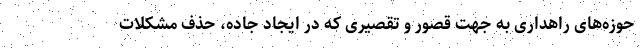
حوزه‌های راهداری به جهت قصور و تقصیری که در ایجاد جاده، حذف مشکلات